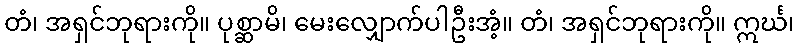
တံ၊ အရှင်ဘုရားကို။ ပုစ္ဆာမိ၊ မေးလျှောက်ပါဦးအံ့။ တံ၊ အရှင်ဘုရားကို။ ဣင်္ဃ၊